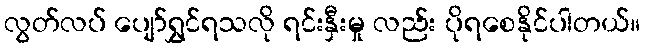
လွတ်လပ် ပျော်ရွှင်ရသလို ရင်းနှီးမှု လည်း ပိုရစေနိုင်ပါတယ်။